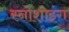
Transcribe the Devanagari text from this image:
स्नोशोइंग